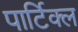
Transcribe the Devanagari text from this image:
पार्टिक्ल